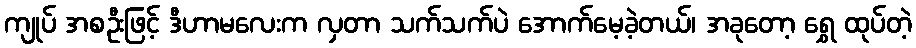
ကျုပ် အစဦးဖြင့် ဒီဟာမလေးက လှတာ သက်သက်ပဲ အောက်မေ့ခဲ့တယ်၊ အခုတော့ ရွှေ ထုပ်တဲ့